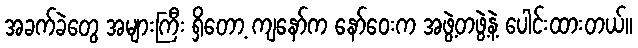
အခက်ခဲတွေ အများကြီး ရှိတော့ ကျနော်က နော်ဝေးက အဖွဲ့တဖွဲ့နဲ့ ပေါင်းထားတယ်။